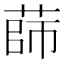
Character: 𦴫